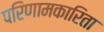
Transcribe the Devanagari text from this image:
परिणामकारिता